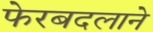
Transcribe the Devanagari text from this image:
फेरबदलाने